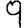
Digit: 9